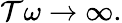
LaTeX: \mathcal{T}\omega\rightarrow\infty.